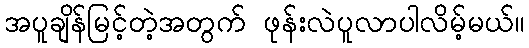
အပူချိန်မြင့်တဲ့အတွက် ဖုန်းလဲပူလာပါလိမ့်မယ်။